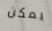
يمكن